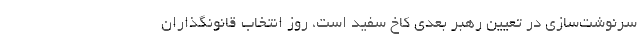
سرنوشت‌سازی در تعیین رهبر بعدی کاخ سفید است، روز انتخاب قانونگذاران